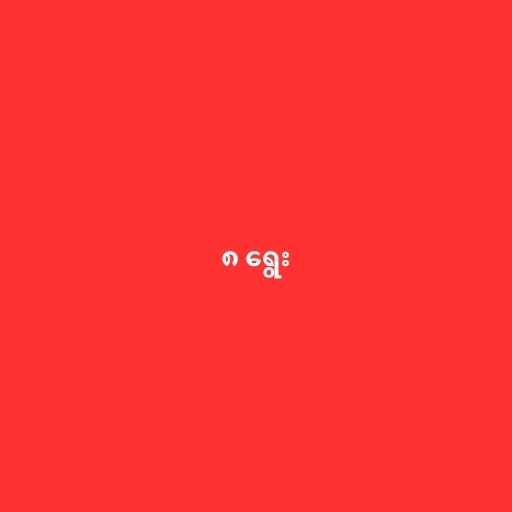
၈ ရွေး